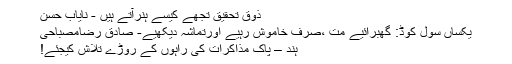
ذوقِ تحقیق تجھے کیسے ہنرآتے ہیں - نایاب حسن
یکساں سول کوڈ: گھبرائیے مت ،صرف خاموش رہیے اورتماشہ دیکھیے- صادق رضامصباحی
ہند – پاک مذاکرات کی راہوں کے روڑے تلاش کیجئے!